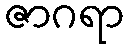
ဇာဂရာ